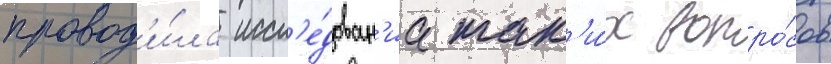
провод'и́ла иссл'е́дован'иа так'и́х вопро́сов